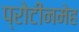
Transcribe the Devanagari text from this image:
प्रोटीनमेह